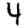
Digit: 4